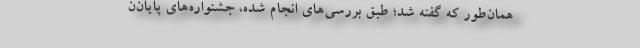
همان‌طور که گفته شد؛ طبق بررسی‌های انجام شده، جشنواره‌های پایان‌ن